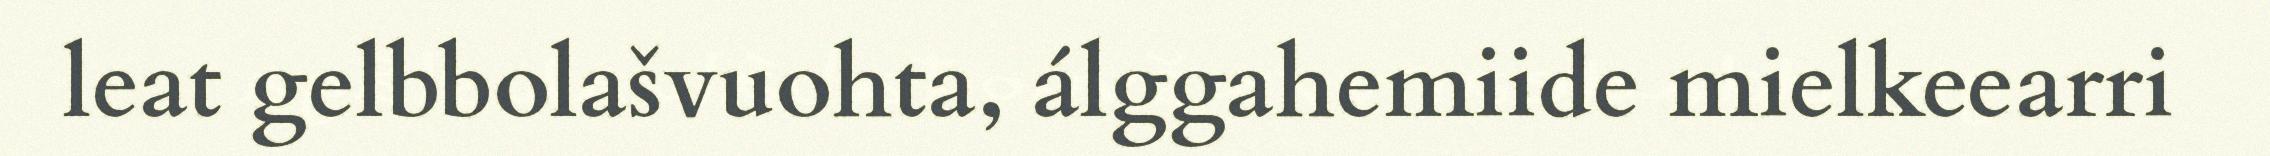
leat gelbbolašvuohta, álggahemiide mielkeearri